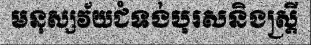
មនុស្សវ័យជំទង់បុរសនិងស្ត្រី